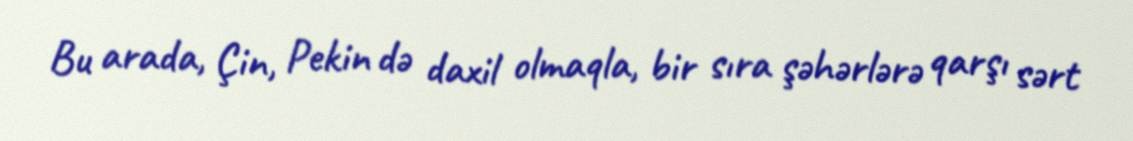
Bu arada, Çin, Pekin də daxil olmaqla, bir sıra şəhərlərə qarşı sərt